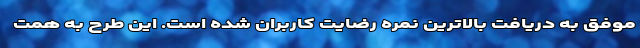
موفق به دریافت بالاترین نمره رضایت کاربران شده است. این طرح به همت